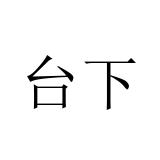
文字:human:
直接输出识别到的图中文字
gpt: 台下